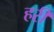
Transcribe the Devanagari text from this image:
हरीं